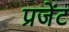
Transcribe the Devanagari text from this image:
प्रजेंट